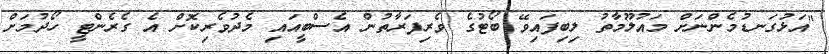
"އަޅުގަނޑުމެންނަށް މައުލޫމާތު ލިބިފައިވޭ ބޯޓުގެ ވެރިފަރާތުން އެސްބީއައި މެދުވެރިކޮށް އެ ގެރެންޓީ ހޯދުމަށް